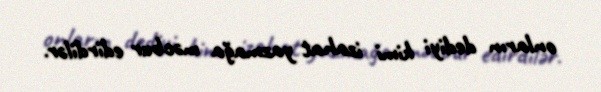
onların dediyi kimi izahat yazmağa məcbur edirdilər.